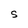
Character: S